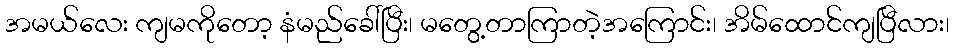
အမယ်လေး ကျမကိုတော့ နံမည်ခေါ်ပြီး၊ မတွေ့တာကြာတဲ့အကြောင်း၊ အိမ်ထောင်ကျပြီလား၊